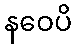
နဝေပိ